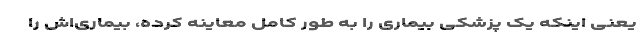
یعنی اینکه یک پزشکی بیماری را به طور کامل معاینه کرده، بیماری‌اش را